Vaccination in Bombay 1902-1912 - 1902-1912
Year: 1902
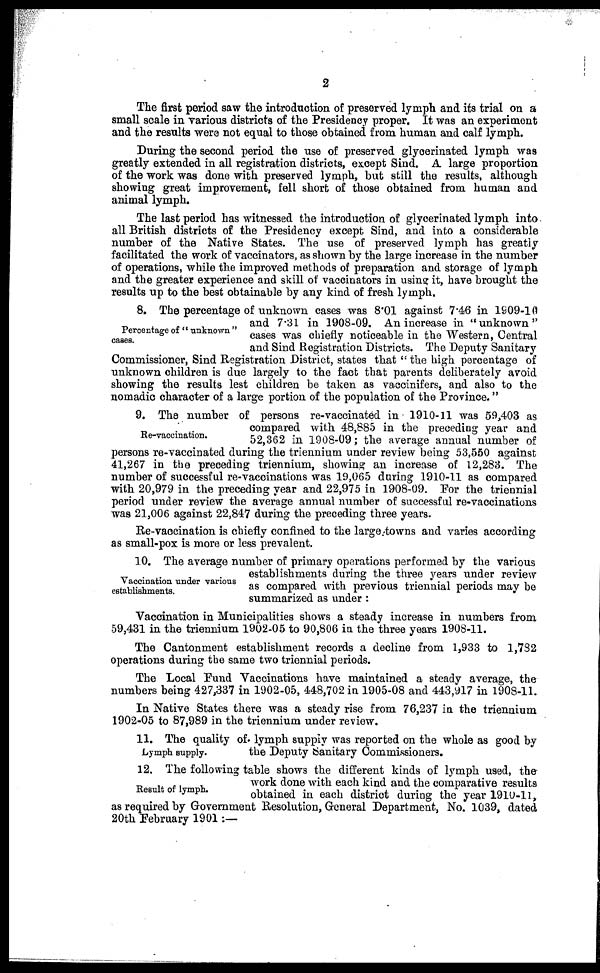
2
The first period saw the introduction of preserved lymph and its trial on a
small scale in various districts of the Presidency proper. It was an experiment
and the results were not equal to those obtained from human and calf lymph.
During the second period the use of preserved glycerinated lymph was
greatly extended in all registration districts, except Sind. A large proportion
of the work was done with preserved lymph, but still the results, although
showing great improvement, fell short of those obtained from human and
animal lymph.
The last period has witnessed the introduction of glycerinated lymph into
all British districts of the Presidency except Sind, and into a considerable
number of the Native States. The use of preserved lymph has greatly
facilitated the work of vaccinators, as shown by the large increase in the number
of operations, while the improved methods of preparation and storage of lymph
and the greater experience and skill of vaccinators in using it, have brought the
results up to the best obtainable by any kind of fresh lymph.
Percentage of " unknown "
cases.
8. The percentage of unknown cases was 8.01 against 7.46 in 1909-10
and 7.31 in 1908-09. An increase in "unknown"
cases was chiefly noticeable in the Western, Central
and Sind Registration Districts. The Deputy Sanitary
Commissioner, Sind Registration District, states that " the high percentage of
unknown children is due largely to the fact that parents deliberately avoid
showing the results lest children be taken as vaccinifers, and also to the
nomadic character of a large portion of the population of the Province. "
Re-vaccination.
9. The number of persons re-vaccinated in 1910-11 was 59,403 as
compared with 48,885 in the preceding year and
52,362 in 1908-09; the average annual number of
persons re-vaccinated during the triennium under review being 53,550 against
41,267 in the preceding triennium, showing an increase of 12,283. The
number of successful re-vaccinations was 19,065 during 1910-11 as compared
with 20,979 in the preceding year and 22,975 in 1908-09. For the triennial
period under review the average annual number of successful re-vaccinations
was 21,006 against 22,847 during the preceding three years.
Re-vaccination is chiefly confined to the large towns and varies according
as small-pox is more or less prevalent.
Vaccination under various
establishments.
10. The average number of primary operations performed by the various
establishments during the three years under review
as compared with previous triennial periods may be
summarized as under :
Vaccination in Municipalities shows a steady increase in numbers from
59,431 in the triennium 1902-05 to 90,806 in the three years 1908-11.
The Cantonment establishment records a decline from 1,933 to 1,782
operations during the same two triennial periods.
The Local Fund Vaccinations have maintained a steady average, the
numbers being 427,337 in 1902-05, 448,702 in 1905-08 and 443,917 in 1908-11.
In Native States there was a steady rise from 76,237 in the triennium
1902-05 to 87,989 in the triennium under review.
Lymph supply.
11. The quality of lymph supply was reported on the whole as good by
the Deputy Sanitary Commissioners.
Result of lymph.
12. The following table shows the different kinds of lymph used, the
work done with each kind and the comparative results
obtained in each district during the year 1910-11,
as required by Government Resolution, General Department, No. 1039, dated
20th February 1901:—